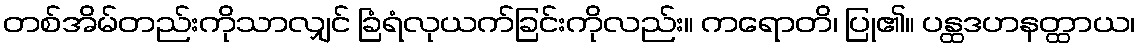
တစ်အိမ်တည်းကိုသာလျှင် ခြံရံလုယက်ခြင်းကိုလည်း။ ကရောတိ၊ ပြု၏။ ပန္ထဒဟနတ္ထာယ၊